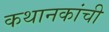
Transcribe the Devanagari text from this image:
कथानकांची